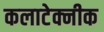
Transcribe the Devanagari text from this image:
कलाटेक्नीक